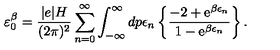
\varepsilon _ { 0 } ^ { \beta } = \frac { | e | H } { ( 2 \pi ) ^ { 2 } } \sum _ { n = 0 } ^ { \infty } \int _ { - \infty } ^ { \infty } d p \epsilon _ { n } \left\{ \frac { - 2 + \mathrm { e } ^ { \beta \epsilon _ { n } } } { 1 - \mathrm { e } ^ { \beta \epsilon _ { n } } } \right\} .